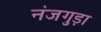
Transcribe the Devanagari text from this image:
नंजगुड़ा